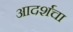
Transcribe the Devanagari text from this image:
आदर्शचा